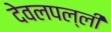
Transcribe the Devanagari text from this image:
देवलपल्ली